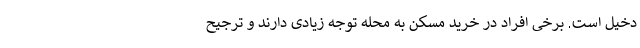
دخیل است. برخی افراد در خرید مسکن به محله توجه زیادی دارند و ترجیح